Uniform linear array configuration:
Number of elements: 24
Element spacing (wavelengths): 0.75
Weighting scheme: blackman
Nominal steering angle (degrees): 15
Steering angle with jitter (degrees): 15.889
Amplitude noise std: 0.05
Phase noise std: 0.05

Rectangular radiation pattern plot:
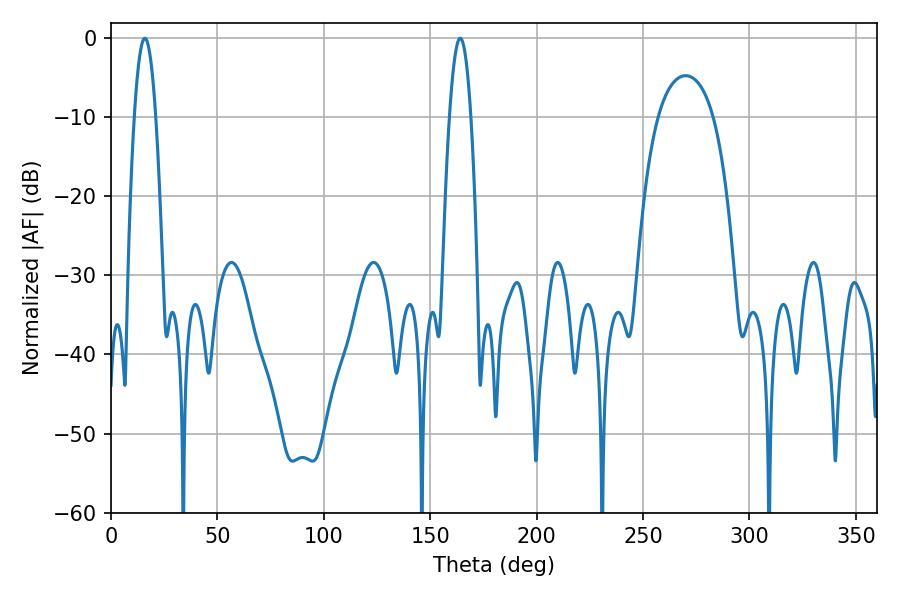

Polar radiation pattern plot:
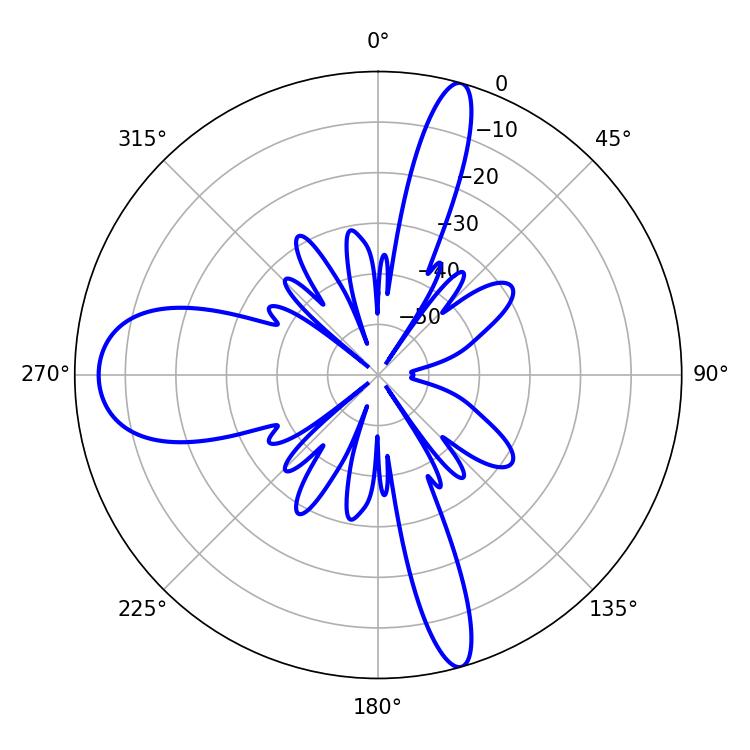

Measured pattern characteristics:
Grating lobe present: TRUE
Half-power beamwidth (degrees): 5.58
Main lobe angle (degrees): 15.84